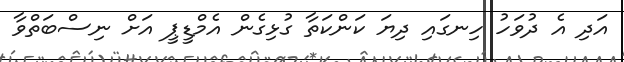
އަދި އެ ދުވަހު ހިނގައި ދިޔަ ކަންކަތާ ގުޅިގެން އެމްޑީޕީ އަށް ނިސްބަތްވާ